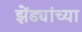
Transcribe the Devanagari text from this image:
झेंड्यांच्या